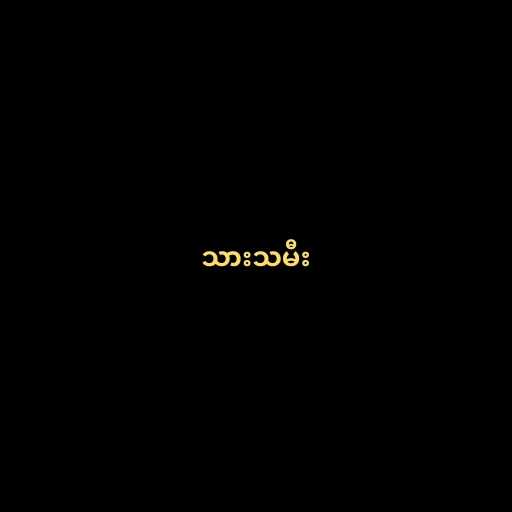
သားသမီး